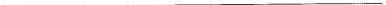
___